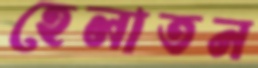
হেলাতন